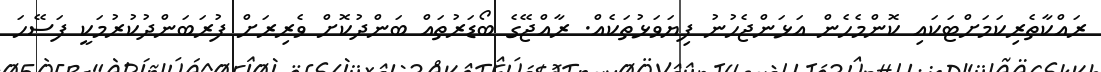
ރައްކާތެރިކަމަށްޓަކައި ކޮންމެހެން އަޅަންޖެހުނު ފިޔަވަޅުތަކެއް. ރާއްޖޭގެ ބޯޑަރުތައް ބަންދުކޮށް ވެރިރަށް ފުރަބަންދުކުރުމަކީ ފަސޭހަ